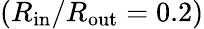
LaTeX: (R_{\mathrm{in}}/R_{\mathrm{out}}=0.2)